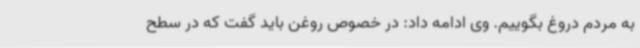
به مردم دروغ بگوییم. وی ادامه داد: در خصوص روغن باید گفت که در سطح